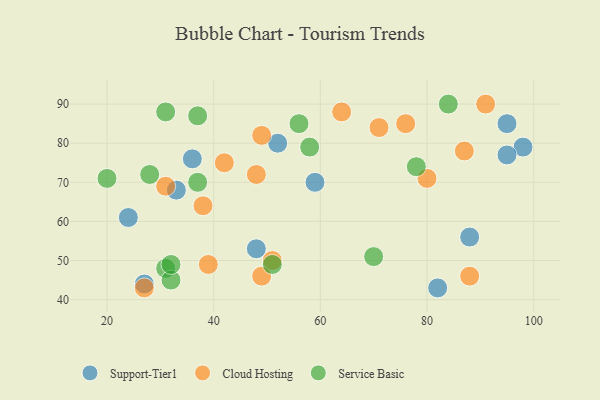
{"axis": {"x": "GDP", "y": "Life Expectancy"}, "legend": ["Cloud Hosting", "Service Basic", "Support-Tier1"], "data": [{"x": "88", "y": 56, "type": "Support-Tier1"}, {"x": "27", "y": 44, "type": "Support-Tier1"}, {"x": "98", "y": 79, "type": "Support-Tier1"}, {"x": "24", "y": 61, "type": "Support-Tier1"}, {"x": "82", "y": 43, "type": "Support-Tier1"}, {"x": "95", "y": 85, "type": "Support-Tier1"}, {"x": "33", "y": 68, "type": "Support-Tier1"}, {"x": "52", "y": 80, "type": "Support-Tier1"}, {"x": "59", "y": 70, "type": "Support-Tier1"}, {"x": "95", "y": 77, "type": "Support-Tier1"}, {"x": "48", "y": 53, "type": "Support-Tier1"}, {"x": "36", "y": 76, "type": "Support-Tier1"}, {"x": "38", "y": 64, "type": "Cloud Hosting"}, {"x": "27", "y": 43, "type": "Cloud Hosting"}, {"x": "88", "y": 46, "type": "Cloud Hosting"}, {"x": "51", "y": 50, "type": "Cloud Hosting"}, {"x": "31", "y": 69, "type": "Cloud Hosting"}, {"x": "80", "y": 71, "type": "Cloud Hosting"}, {"x": "71", "y": 84, "type": "Cloud Hosting"}, {"x": "39", "y": 49, "type": "Cloud Hosting"}, {"x": "48", "y": 72, "type": "Cloud Hosting"}, {"x": "91", "y": 90, "type": "Cloud Hosting"}, {"x": "49", "y": 82, "type": "Cloud Hosting"}, {"x": "42", "y": 75, "type": "Cloud Hosting"}, {"x": "64", "y": 88, "type": "Cloud Hosting"}, {"x": "49", "y": 46, "type": "Cloud Hosting"}, {"x": "87", "y": 78, "type": "Cloud Hosting"}, {"x": "76", "y": 85, "type": "Cloud Hosting"}, {"x": "84", "y": 90, "type": "Service Basic"}, {"x": "58", "y": 79, "type": "Service Basic"}, {"x": "78", "y": 74, "type": "Service Basic"}, {"x": "70", "y": 51, "type": "Service Basic"}, {"x": "51", "y": 49, "type": "Service Basic"}, {"x": "31", "y": 48, "type": "Service Basic"}, {"x": "28", "y": 72, "type": "Service Basic"}, {"x": "32", "y": 45, "type": "Service Basic"}, {"x": "31", "y": 88, "type": "Service Basic"}, {"x": "20", "y": 71, "type": "Service Basic"}, {"x": "56", "y": 85, "type": "Service Basic"}, {"x": "37", "y": 70, "type": "Service Basic"}, {"x": "32", "y": 49, "type": "Service Basic"}, {"x": "37", "y": 87, "type": "Service Basic"}]}